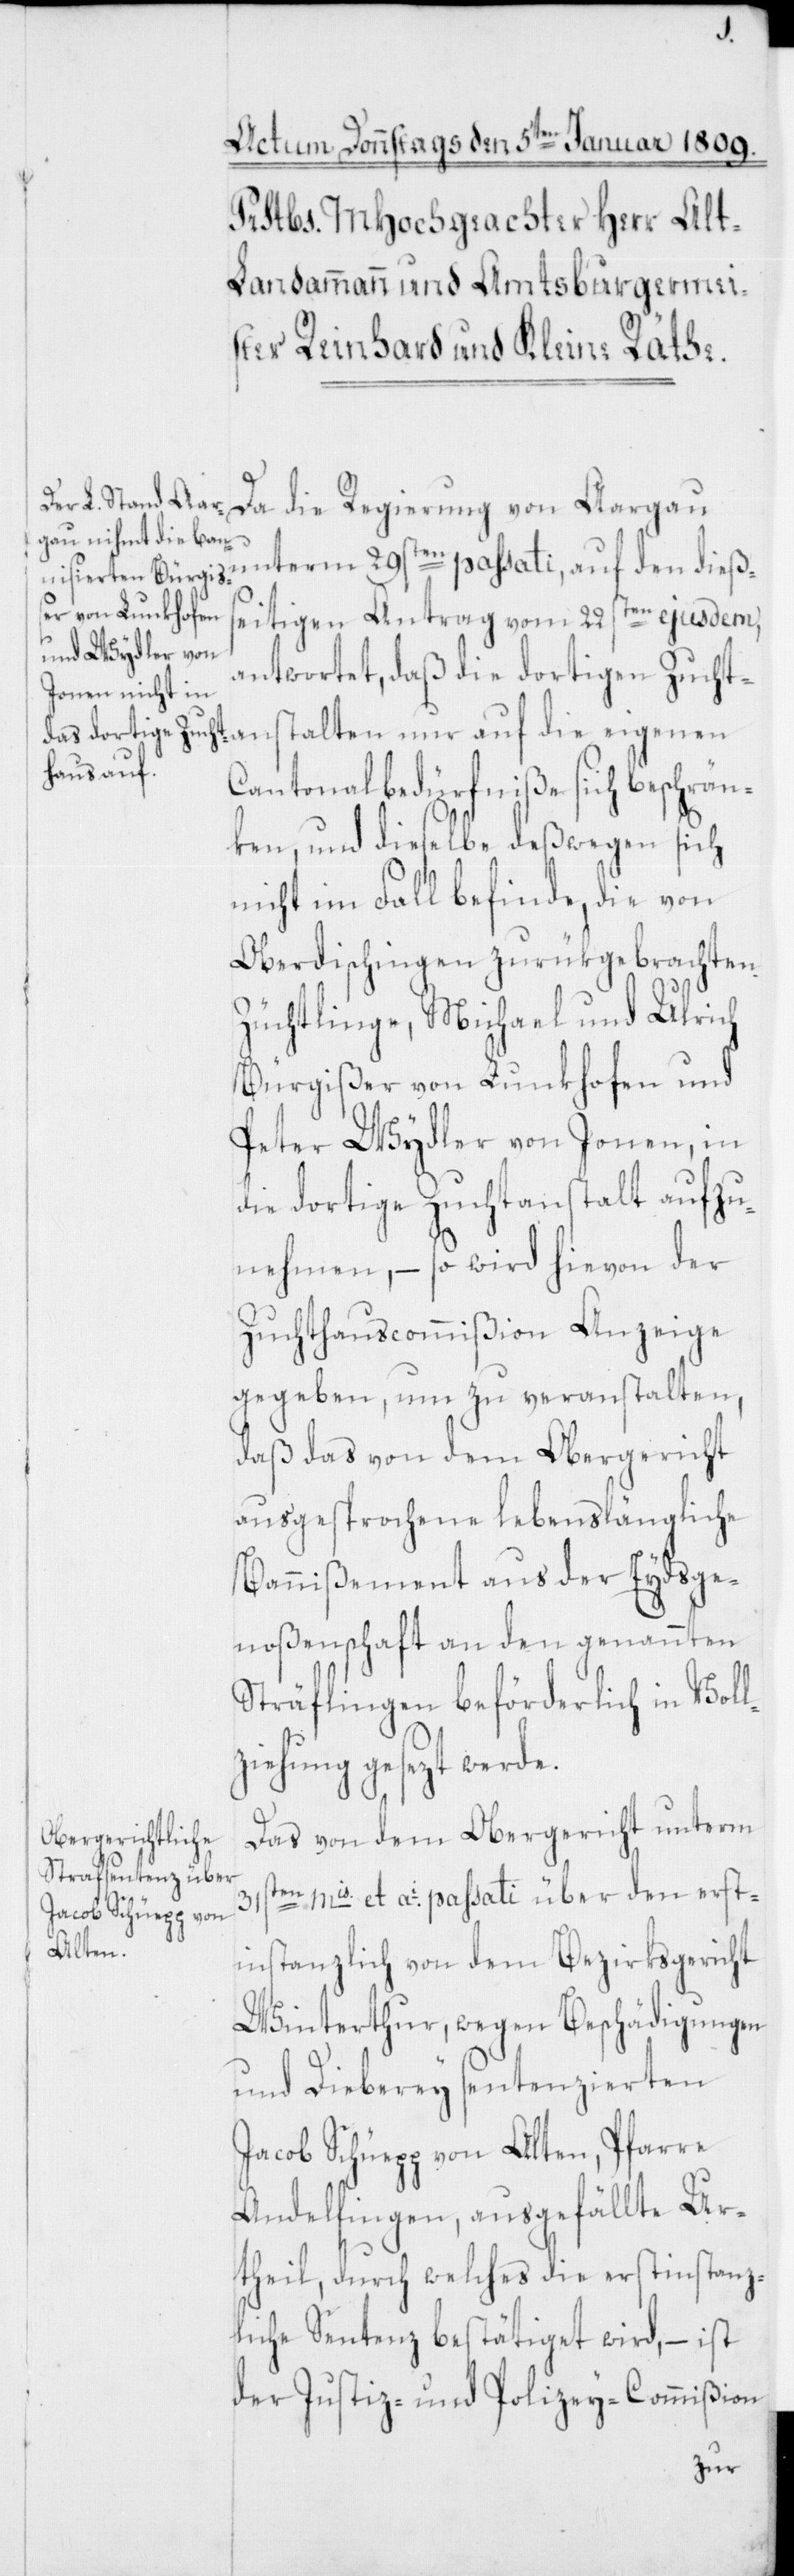
Da die Regierung von Aargau
unterm 29sten passati, auf den dießs¬
eitigen Antrag vom 22sten ejusdem,
antwortet, daß die dortigen Zucht¬
anstalten nur auf die eigenen
Cantonalbedürfniße sich beschrän¬
ken, und dieselbe deßwegen sich
nicht im Fall befinde, die von
Oberdischingen zurükgebrachten
Züchtlinge, Michael und Ulrich
Bürgißer von Lunkhofen und
Peter Wydler von Jonen, in
die dortige Zuchtanstalt aufzu¬
nehmen, – so wird hievon der
Zuchthauscommißion Anzeige
gegeben, um zu veranstalten,
daß das von dem Obergericht
ausgesprochene lebenslängliche
Bannißement aus der Eydsge¬
noßenschaft an den genannten
Stäflingen beförderlich in Voll¬
ziehung gesezt werde.
Das von dem Obergericht unterm
31sten mis et ai passati über den erst¬
instanzlich von dem Bezirksgericht
Winterthur, wegen Beschädigungen
und Dieberey sentenzierten
Jacob Schüegg von Alten, Pfarre
Andelfingen, ausgefällte Ur¬
theil, durch welches die erstinstanz¬
liche Sentenz bestätiget wird, – ist
der Justiz- und Polizey-Commißion